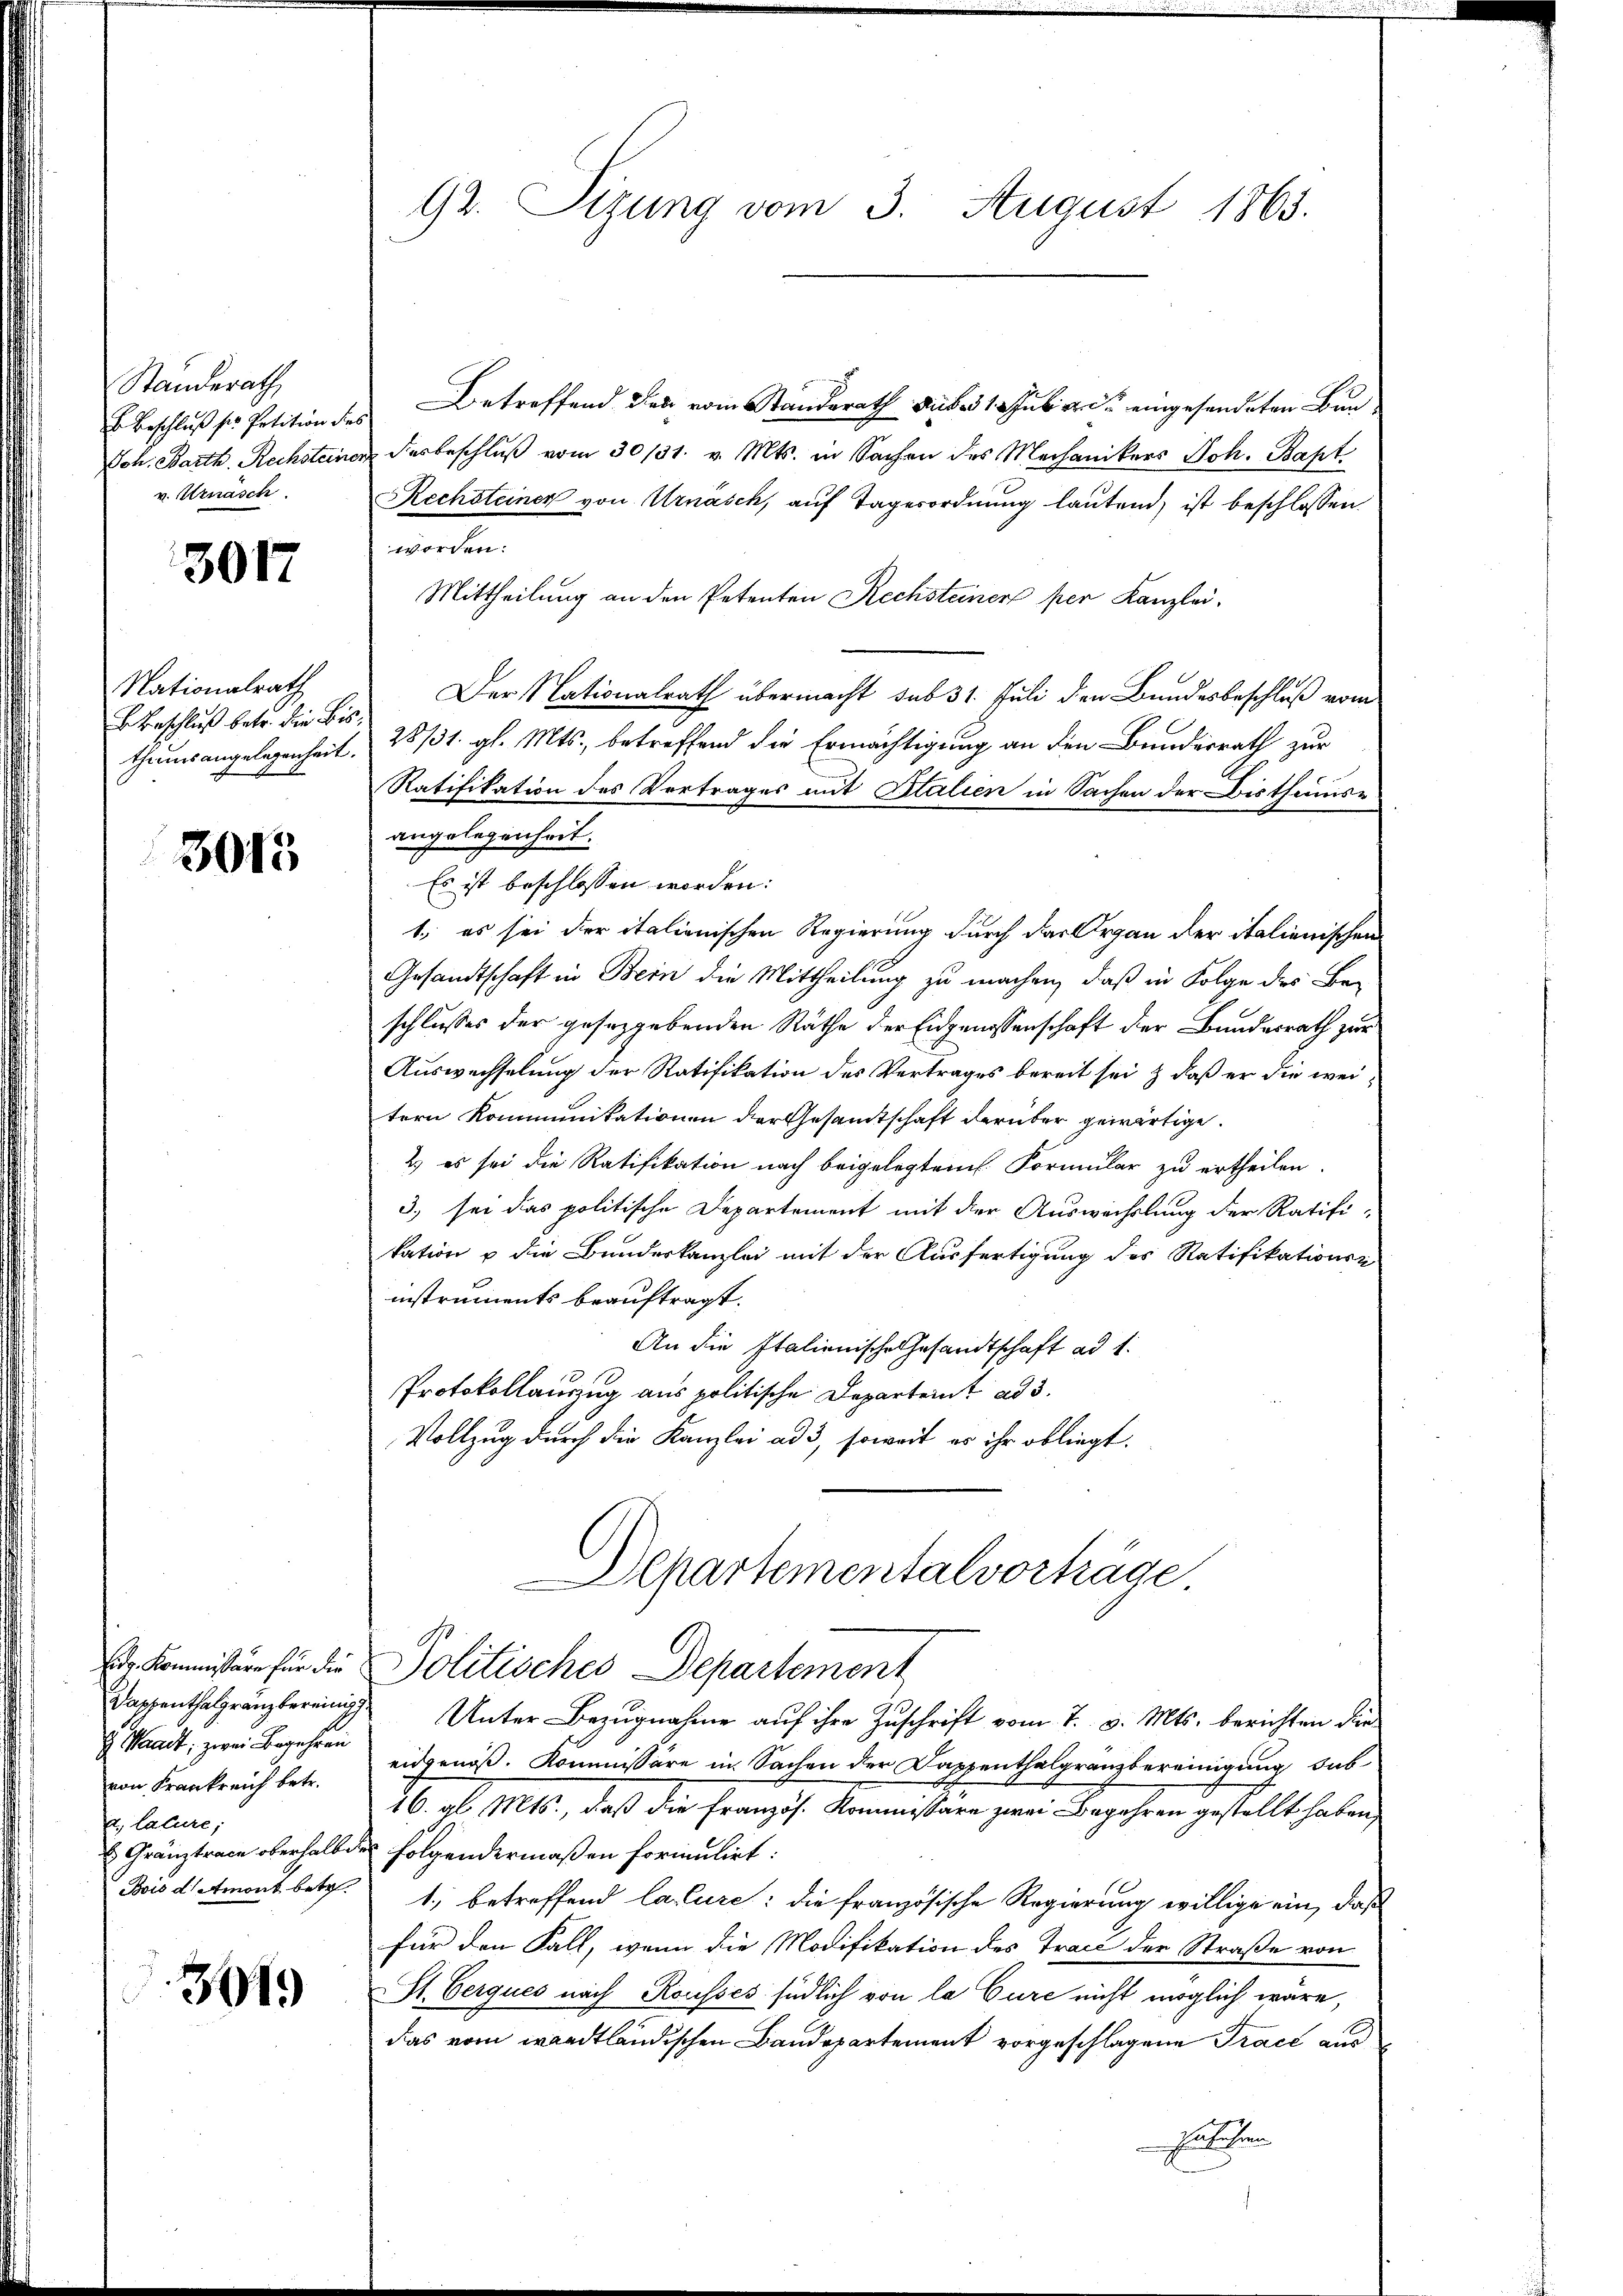
Standerath
B. Beschluß sie Petition dies
Joh. Barth. Rechsteine.
v. Urnäsch

3017

Nationalrath
 Beschluß betr. die Bis
theims angelegenheit.

3015

Edr. Kommissäre für die
Wappenthalgranzbereinig
H. Standt, zwei Begehren
von Frankreich betr.
d. Calure;
 Gränztrace oberhalbe
Bois d. Amont betr.

301.

92. Sizung vom 3. August 1863.

Betreffend den vom Standerath auf uber eingesendeten Bundesbeschluß vom 30/31. v. Mts. in Sachen des Mechanikers Joh. Bapt
Rechsteiner von Urnasch, auf Tagesordnung lautend, ist beschlossen
worden.
Mittheilung an den Petenten Rechsteiner per Kanzlei,
Der Nationalrath übermacht sub 31. Juli den Bundesbeschluß vom
28/31. gl. Mts., betreffend die Ermächtigung an den Bundesrath zur
Ratifikation des Vertrages mit Italien in Sachen der Bisthumsr
angelegenheit.
Es ist beschlossen worden:
1., es sei der italienischen Regierung durch das Organ der italienischen
Gesandtschaft in Bern die Mittheilung zu machen, daß in Folge des Be-
schlusses der geseggebenden Räthe der Eidgenossenschaft der Bundesrath zur
Auswechselung der Ratifikation des Vertrages bereit sei & daß er die weitern Kommunikationen der Gesamtschaft darüber gewärtige.
2) es sei die Ratifikation nach beigelegten Formular zu ertheilen.
3. sei das politische Departement mit der Auswechslung der Ratifi-
kation u die Bundeskanzlei mit der Ausfertigung des Ratifikations-
instruments beauftragt.
An die Italienische Gesandtschaft ad 1.
Protokollauszug aus politische Departeint ad 3.
Vollzug durch die Kanzlei ad 3, soweit es ihr obliegt.
Departementalvorkäge
Politisches Departement
Unter Bezugnahme auf ihre Zuschrift vom 7. v. Mts. berichten die
eidgenöß. Kommissäre in Sachen der Dappenthalgranzbereinigung sub¬
16. gl. Mts., daß die Französ. Kommstare zwei Begehren gestellt haben,
folgendermaßen formulirt:
1., betreffend lature; die französische Regierung willige ein, daß
für den Fall, wenn die Modifikation des Trace der Straße von
St. Cerques nach Rousses südlich von la Cure nicht möglich wäre,
das vom wandtländischen Baudepartement vorgeschlagene Trace aus
Fulten